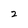
Character: 2